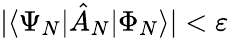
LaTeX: \vert\langle\Psi_{N}\vert\hat{A}_{N}\vert\Phi_{N}\rangle\vert<\varepsilon